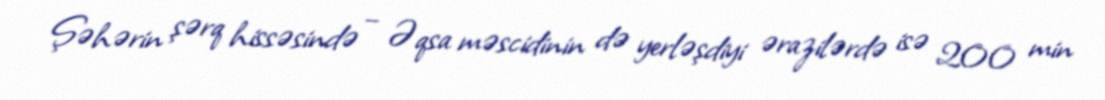
Şəhərin şərq hissəsində – Əqsa məscidinin də yerləşdiyi ərazilərdə isə 200 min